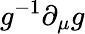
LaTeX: g^{-1}\partial_{\mu}g